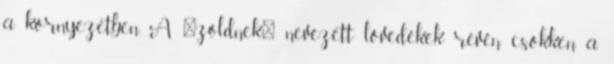
a környezetben. A "zöldnek" nevezett lövedékek révén csökken a